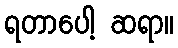
ရတာပေါ့ ဆရာ။